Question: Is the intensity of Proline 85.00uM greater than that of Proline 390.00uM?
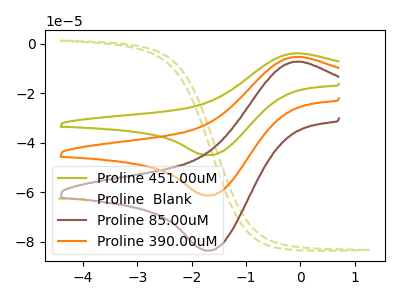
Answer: <think>The olive curve "Proline 451.00uM" has an anodic peak at (-0.05V, -10.60uA) and a cathodic peak at (-1.75V, -122.75uA). The olive dashed curve "Proline  Blank" has no peaks. The brown curve "Proline 85.00uM" has an anodic peak at (-0.05V, -7.20uA) and a cathodic peak at (-1.75V, -83.60uA). The orange curve "Proline 390.00uM" has an anodic peak at (-0.05V, -5.30uA) and a cathodic peak at (-1.75V, -61.35uA).
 All the peaks in "Proline 85.00uM" have a peak in "Proline 390.00uM" at the same potential.</think>
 <answer>I cant tell if "Proline 85.00uM" or "Proline 390.00uM" has more signal.</answer>
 <eval>mixed_signal</eval>